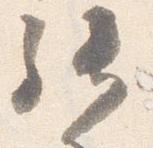
拝